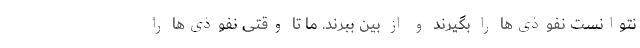
نتوانست نفوذی‌ها را بگیرند و از بین ببرند. ما تا وقتی نفوذی‌ها را